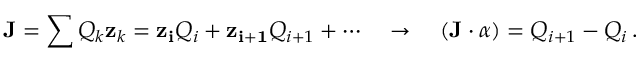
{ \bf J } = \sum Q _ { k } { \bf z } _ { k } = { \bf z _ { i } } Q _ { i } + { \bf z _ { i + 1 } } Q _ { i + 1 } + \cdots \quad \to \quad ( { \bf J } \cdot \alpha ) = Q _ { i + 1 } - Q _ { i } \, .